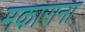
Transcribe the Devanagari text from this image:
मकाराना